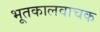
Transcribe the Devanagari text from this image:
भूतकालवाचक